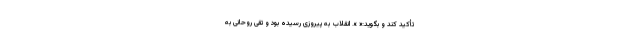
تأکید کند و بگوید:« ». انقلاب به پیروزی رسیده بود و تقی روحانی به